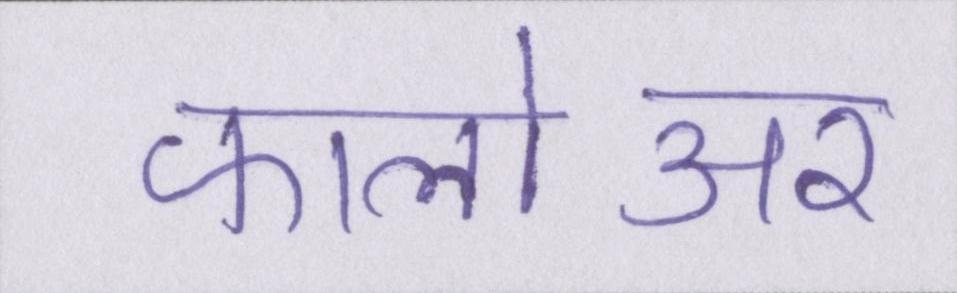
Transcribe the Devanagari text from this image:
फालोअर